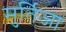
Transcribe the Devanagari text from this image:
मुर्तिजा